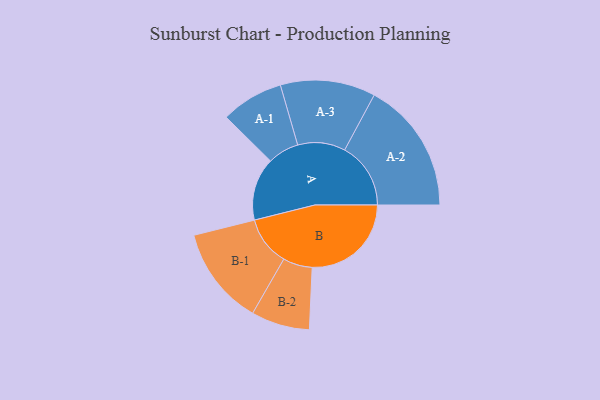
{"axis": {"x": "Segment", "y": "Value"}, "legend": ["", "A", "B"], "data": [{"x": "A", "y": 251, "type": ""}, {"x": "B", "y": 396, "type": ""}, {"x": "A-1", "y": 125, "type": "A"}, {"x": "A-2", "y": 264, "type": "A"}, {"x": "A-3", "y": 190, "type": "A"}, {"x": "B-1", "y": 197, "type": "B"}, {"x": "B-2", "y": 117, "type": "B"}]}